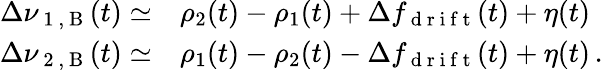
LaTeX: \begin{array}{rl}{\Delta\nu_{\mathrm{~1~,~B~}}(t)\simeq}&{{}\rho_{2}(t)-\rho_{1}(t)+\Delta f_{\mathrm{~d~r~i~f~t~}}(t)+\eta(t)}\\ {\Delta\nu_{\mathrm{~2~,~B~}}(t)\simeq}&{{}\rho_{1}(t)-\rho_{2}(t)-\Delta f_{\mathrm{~d~r~i~f~t~}}(t)+\eta(t)\, .}\end{array}